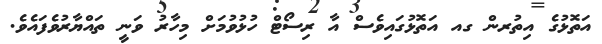
އަތޮޅުގެ އިތުރން ގއ އަތޮޅުގައިވެސް އާ ރިސޯޓް ހުޅުވުމަށް މިހާރު ވަނީ ތައްޔާރުވެފައެވެ.